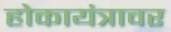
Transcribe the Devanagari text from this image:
होकायंत्रावर